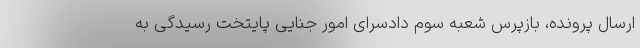
ارسال پرونده، بازپرس شعبه سوم دادسرای امور جنایی پایتخت رسیدگی به